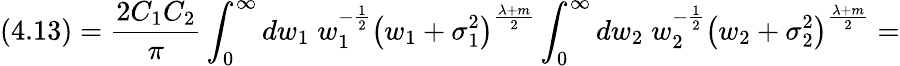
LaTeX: (4.13)=\frac{2C_{1}C_{2}}{\pi}\int_{0}^{\infty}dw_{1}\; w_{1}^{-\frac{1}{2}}\left(w_{1}+{\sigma}_{1}^{2}\right)^{\frac{\lambda+m}{2}}\int_{0}^{\infty}dw_{2}\; w_{2}^{-\frac{1}{2}}\left(w_{2}+{\sigma}_{2}^{2}\right)^{\frac{\lambda+m}{2}}=